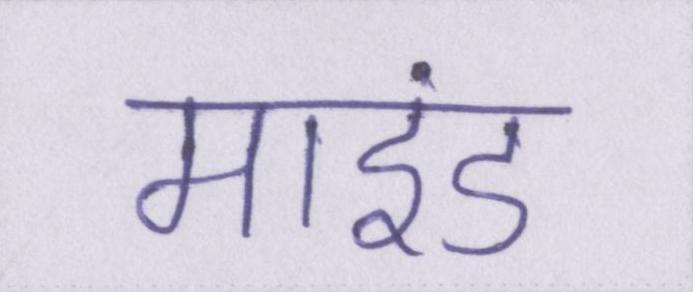
माइंड